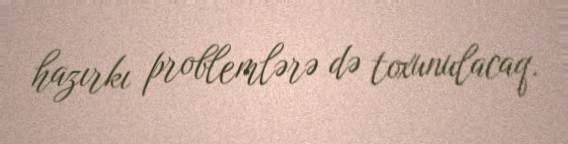
hazırkı problemlərə də toxunulacaq.